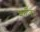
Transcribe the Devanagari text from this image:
शर्तीवर